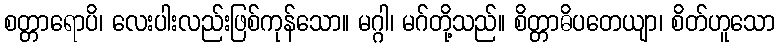
စတ္တာရောပိ၊ လေးပါးလည်းဖြစ်ကုန်သော။ မဂ္ဂါ၊ မဂ်တို့သည်။ စိတ္တာဓိပတေယျာ၊ စိတ်ဟူသော